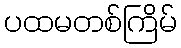
ပထမတစ်ကြိမ်